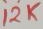
Text: 12K